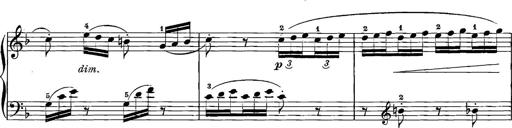
Title: 12 Sonatinas
Composer: Ignaz Pleyel